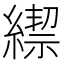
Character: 𦄜